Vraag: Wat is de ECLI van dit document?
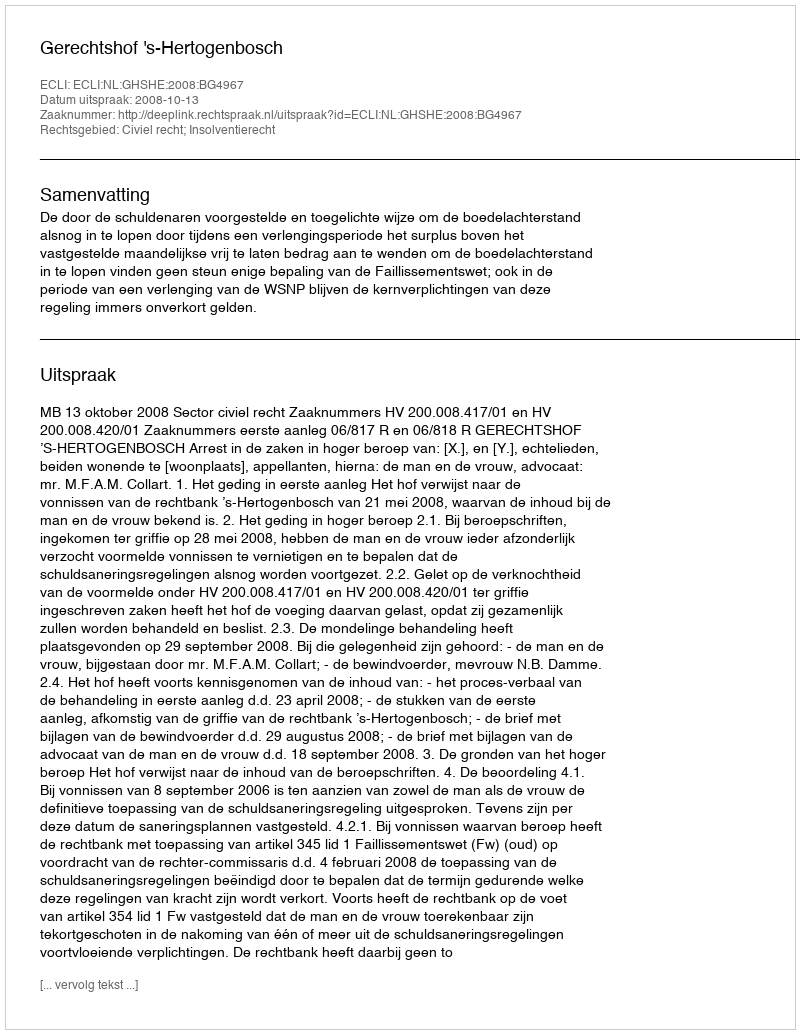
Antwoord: ECLI:NL:GHSHE:2008:BG4967